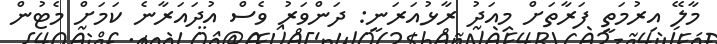
މާލޭ އިރުމަތީ ފަރާތަށް މިއަދު ރާޅުއަރަނީ: ދަންވަރު ވެސް އުދައަރާނެ ކަމަށް މެޓުން